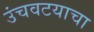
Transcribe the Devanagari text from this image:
उंचवटयाचा